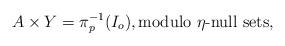
LaTeX: \begin{align*}A \times Y = \pi_p^{-1}(I_o), \textrm{modulo $\eta$-null sets},\end{align*}